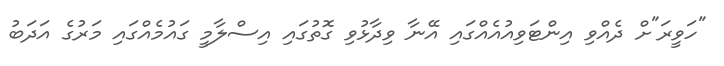
"ހަވީރަ"ށް ދެއްވި އިންޓަވިއުއެއްގައި އޭނާ ވިދާޅުވި ގޮތުގައި އިސްލާމީ ގައުމެއްގައި މަރުގެ އަދަބު